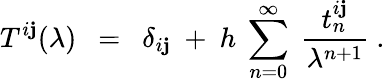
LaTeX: T^{i\mathbf{j}}(\lambda)~~=~~\delta_{i\mathbf{j}}~+~h~\sum_{n=0}^{\infty}~{\frac{{t_{n}^{i\mathbf{j}}}}{{\lambda^{n+1}}}}~.